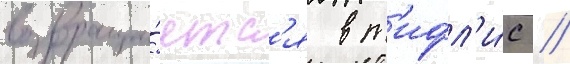
возвраща́етс'я в т'ифл'и́с //